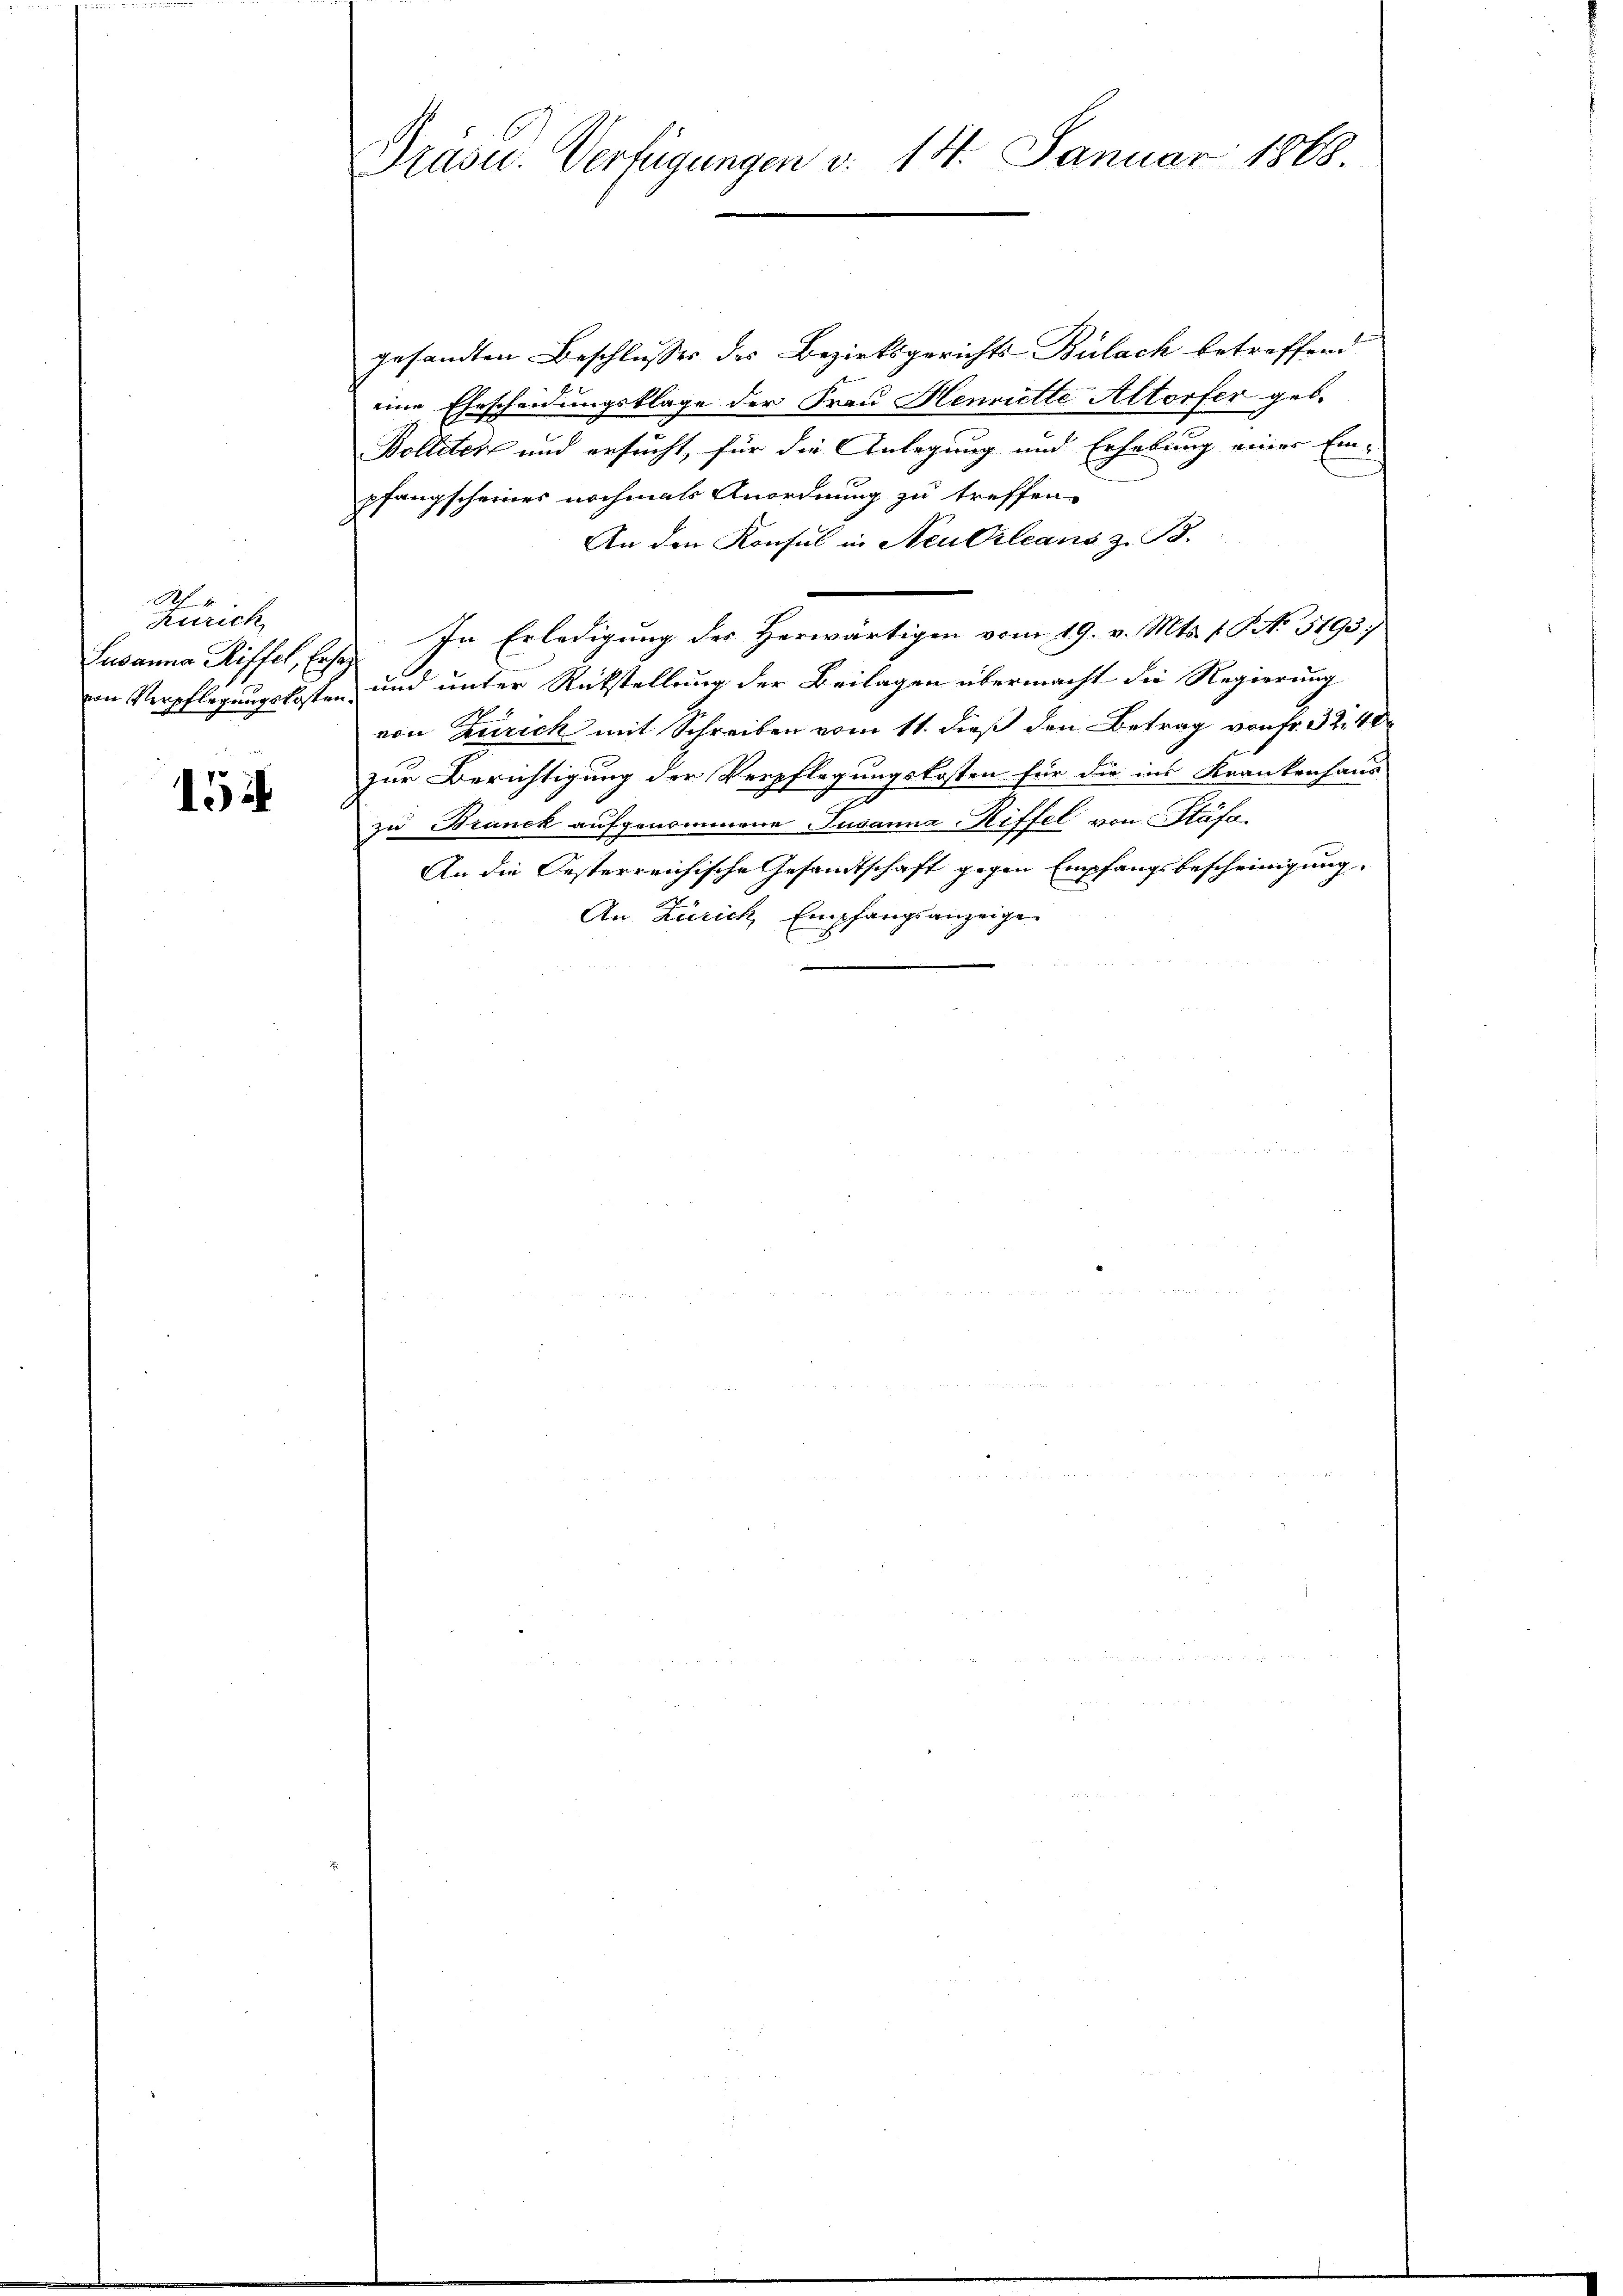
R
Zürich

154

Prüsu. Verfügungen d. 14. Januar 1888.

gesandten Beschlusses des Bezirksgerichts-Bülach betreffend
eine Ehescheidungsklage der Frau Henriette Altorfer geb.
Bolleter und ersucht, für die Anlegung und Erhebung einer Einpfangscheines nochmals Anordnung zu treffen-
An den Konsul in Neukrleans z. B.
Lavanna Riffel, Erst. In Erledigung der Herwärtigen vom 29. v. Mts. 1. Frk. 3193/
von Verpflegungskosten und unter Rückstellung der Beilagen übermacht die Regierung
von Zürich mit Schreiben vom 11. dieß den Betrag von fr. 32. 40
zur Berichtigung der Verpflegungskosten für die ins Krankenhaus
zu Brunck aufgenommene Susanna Riffel von Stäfa
An die Oesterreichische Gesamtschaft gegen Empfangsbescheinigung.
An Zürich, Empfangsanzeige